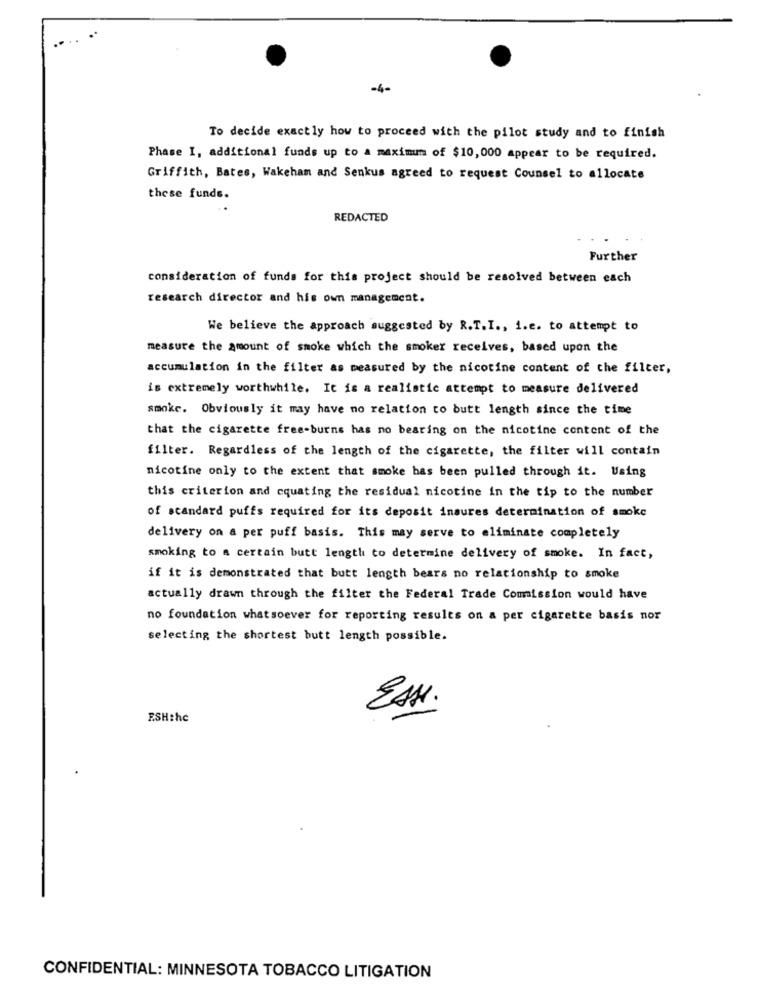
-4-
To decide exactly how to proceed with the pilot study and to finish
Phase I, additional funds up to a maximum of $10,000 appear to be required.
Griffith, Bates, Wakeham and Senkus agreed to request Counsel to allocate
these funds.
REDACTED
Further
consideration of funds for this project should be resolved between each
research director and his own management.
We believe the approach suggested by R.T.I ., 1.e. to attempt to
measure the amount of smoke which the smoker receives, based upon the
accumulation in the filter as measured by the nicotine content of the filter,
is extremely worthwhile. It is a realistic attempt to measure delivered
smoke. Obviously it may have no relation to butt length since the time
that the cigarette free-burns has no bearing on the nicotine content of the
filter. Regardless of the length of the cigarette, the filter will contain
nicotine only to the extent that smoke has been pulled through it. Using
this criterion and equating the residual nicotine in the tip to the number
of standard puffs required for its deposit insures determination of smoke
delivery on a per puff basis. This may serve to eliminate completely
smoking to a certain butt length to determine delivery of smoke. In fact,
if it is demonstrated that butt length bears no relationship to smoke
actually drawn through the filter the Federal Trade Commission would have
no foundation whatsoever for reporting results on a per cigarette basis nor
selecting the shortest butt length possible.
Esse.
ESH:hc
CONFIDENTIAL: MINNESOTA TOBACCO LITIGATION